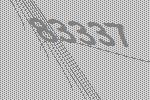
83337